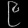
Digit: ၉